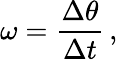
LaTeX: \omega={\frac{\Delta\theta}{\Delta t}}\, ,